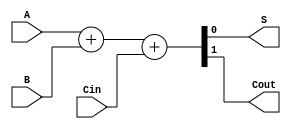
module geraldo( 
    input A, B, Cin,
    output S, Cout);
assign {Cout,S} = A + B + Cin;
endmodule